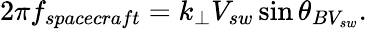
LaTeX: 2\pi f_{spacecraft}=k_{\perp}V_{sw}\sin\theta_{BV_{sw}}.